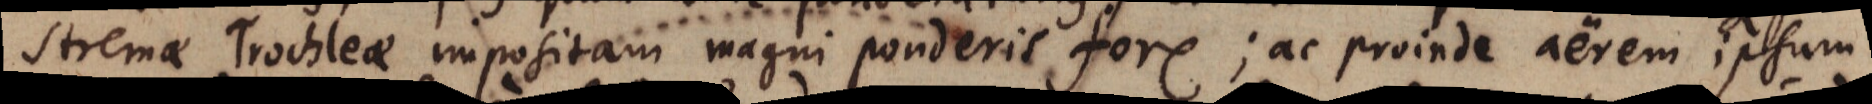
stremae Trochleae impositam magni ponderis fore; ac proinde aerem ipsum